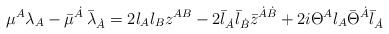
LaTeX: \begin{align*} {\mu}{}^{A} \lambda_{A} - \bar{\mu}{}^{\dot{A}} \, {\bar{\lambda}}_{\dot{A}} = 2\l_A \l_B z^{AB} - 2 \bar{\l}_{\dot{A}}\bar{\l}_{\dot{B}} \bar{z}^{\dot{A}\dot{B}}+ 2i \Theta^A \l_A \bar{\Theta}^{\dot{A}}\bar{\l}_{\dot{A}}\end{align*}